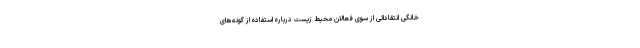
خانگی انتقاداتی از سوی فعالان محیط زیست درباره استفاده از گونه‌های